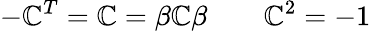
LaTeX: -\mathbb{C}^{T}=\mathbb{C}=\beta\mathbb{C}\beta\qquad\mathbb{C}^{2}=-1